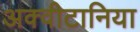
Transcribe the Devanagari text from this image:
अक्वीटानिया